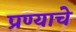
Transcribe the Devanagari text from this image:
प्रण्याचे